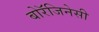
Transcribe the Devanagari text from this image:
बोरॅजिनेसी